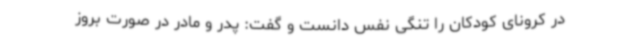
در کرونای کودکان را تنگی نفس دانست و گفت: پدر و مادر در صورت بروز